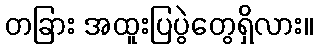
တခြား အထူးပြပွဲတွေရှိလား။